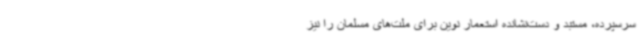
سرسپرده، مستبد و دست‌نشانده استعمار نوین برای ملت‌های مسلمان را نیز